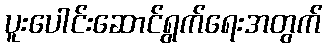
ပူးပေါင်းဆောင်ရွက်ရေးအတွက်